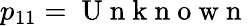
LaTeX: p_{11}=\mathrm{~U~n~k~n~o~w~n~}